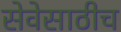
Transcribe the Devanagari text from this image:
सेवेसाठीच